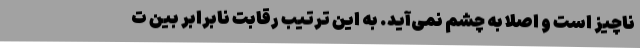
ناچیز است و اصلا به چشم نمی‌آید. به این ترتیب رقابت نابرابر بین ت